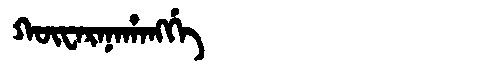
Manchu: ᡴᡡᠸᠠᡵᠠᠨᠠᡥᠠᠩᡤᡝ
Romanization: KŪWARANAHANGGE